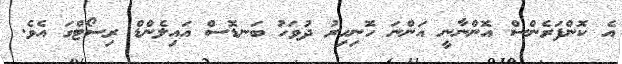
އެ ކޮންފަރެންސް އޮންނާނީ އަންނަ ހޮނިހިރު ދުވަހު ބަނޑޮސް އައިލެންޑް ރިސޯޓްގަ އެވެ.